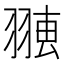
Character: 𦑐